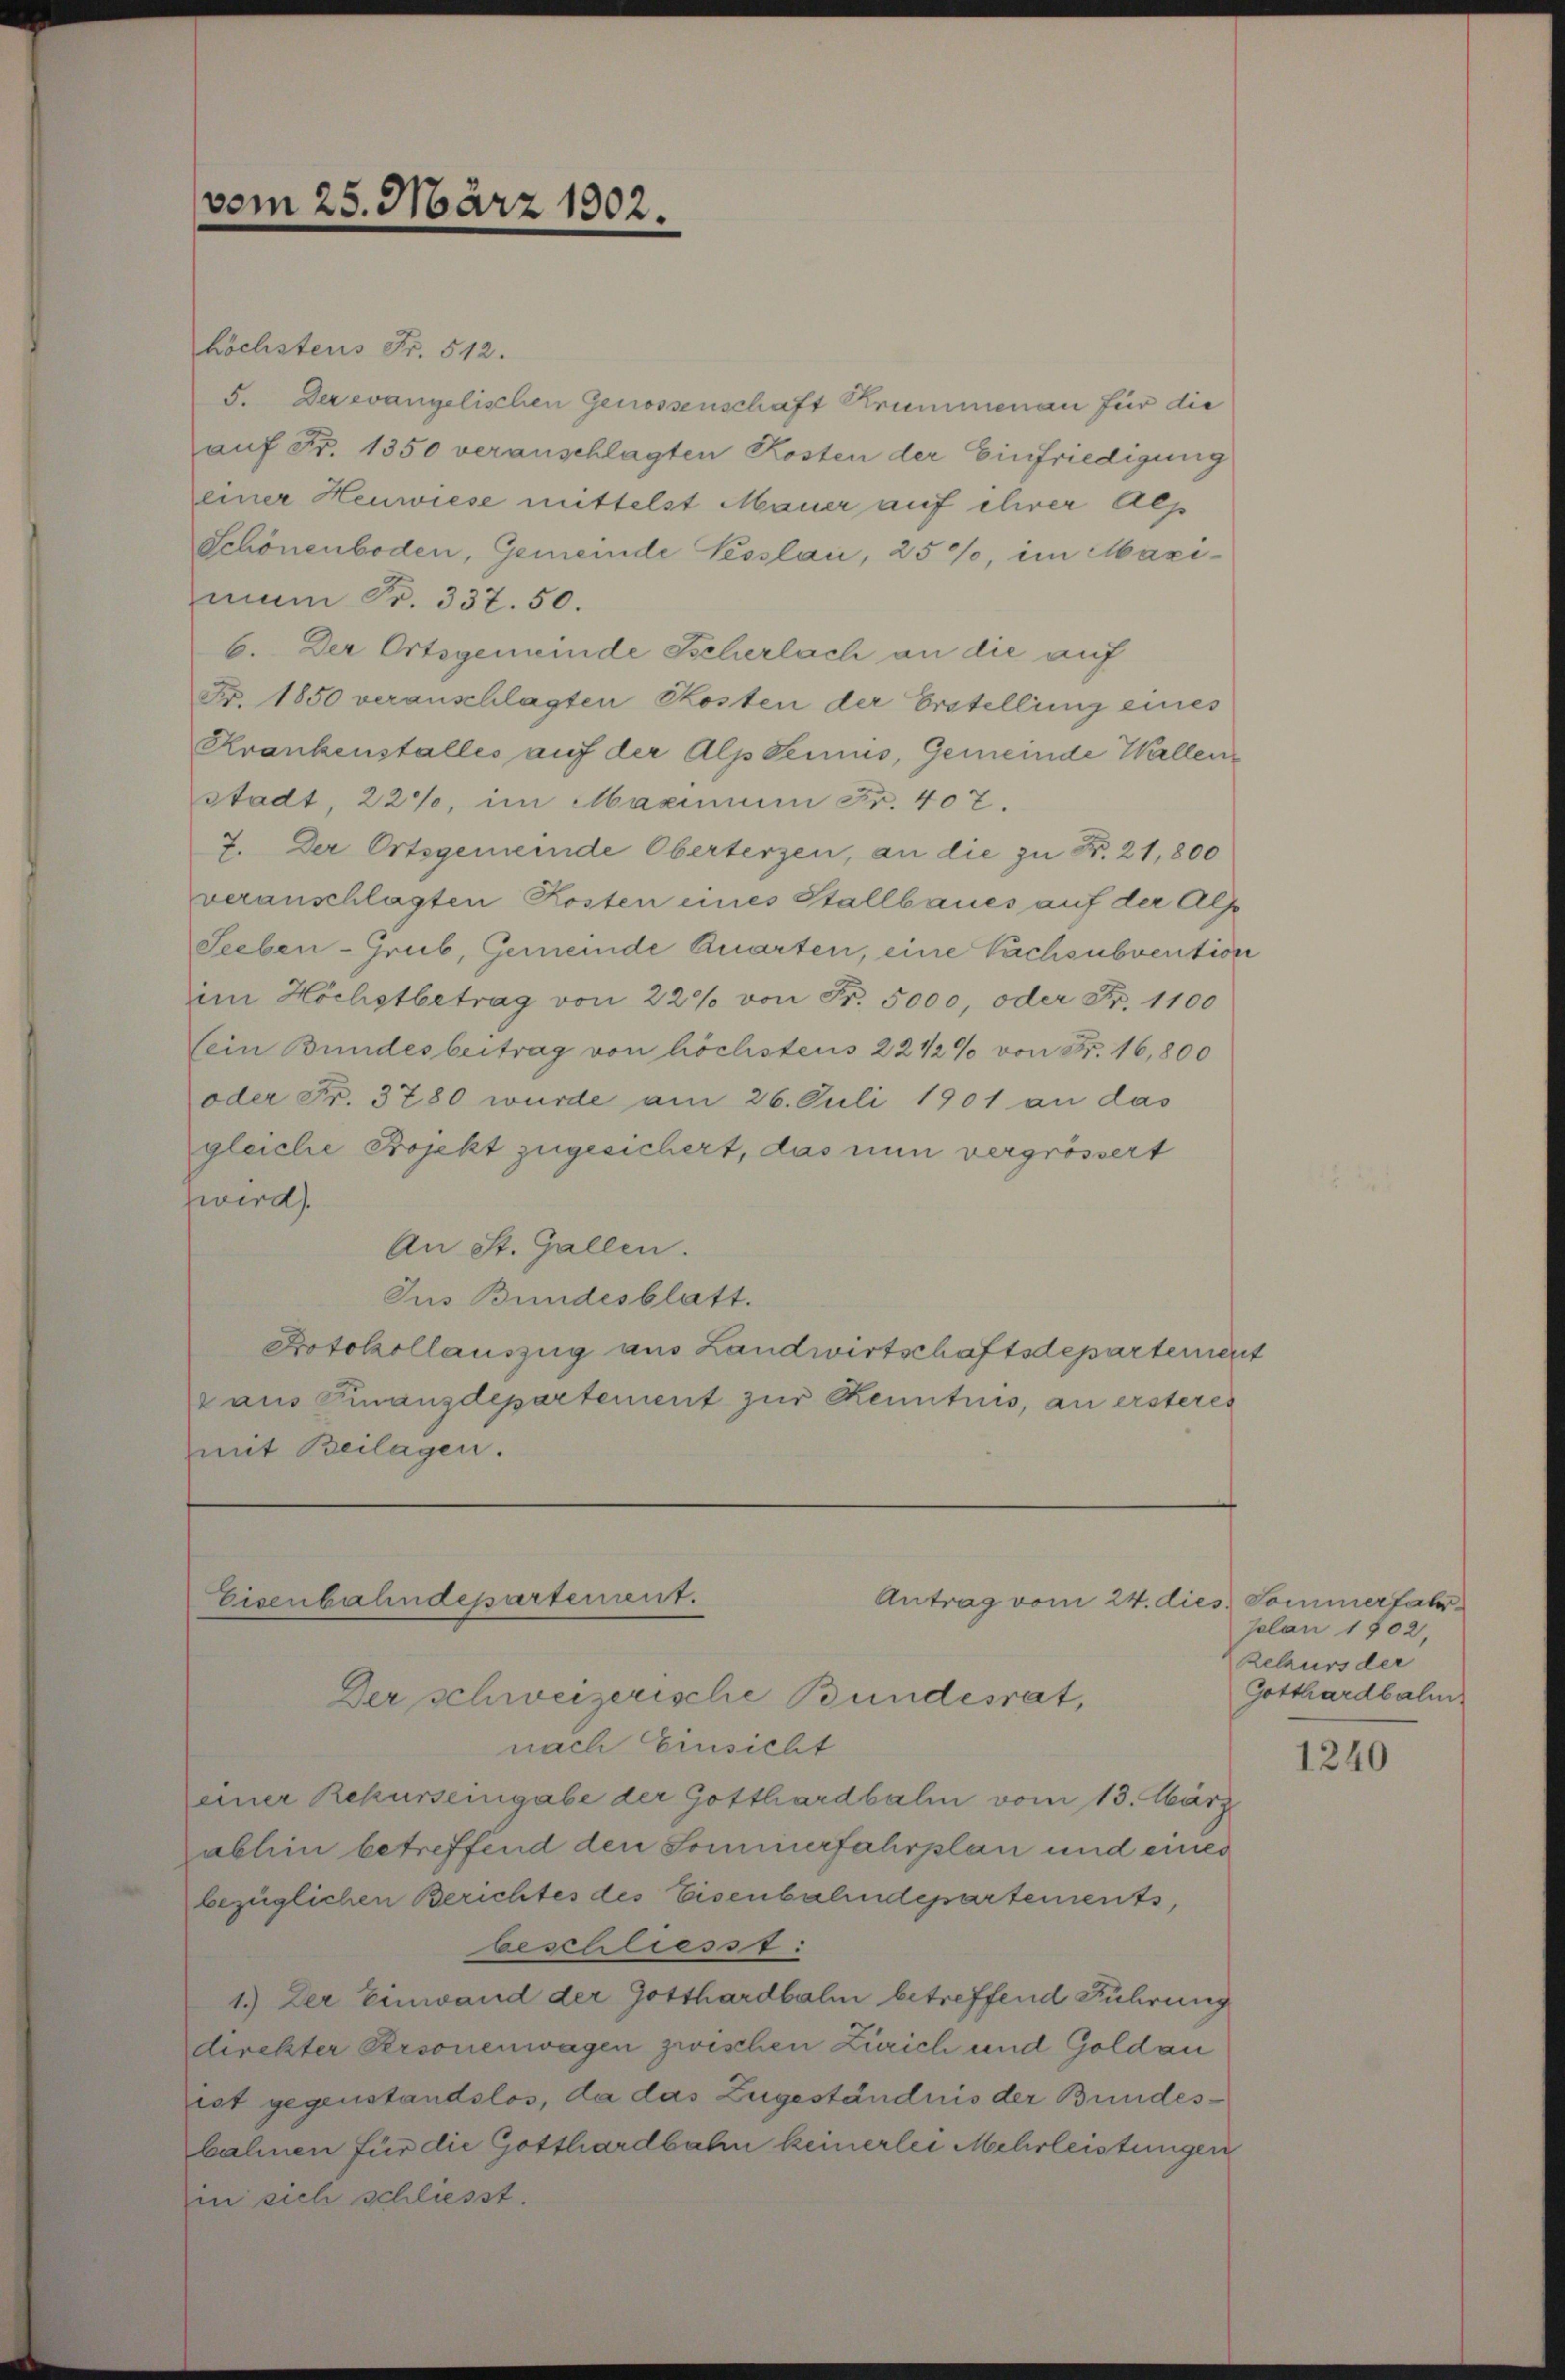
vom 25. März 1902.

höchstens Fr. 512.
5. Der evangelischen Genossenschaft Krummenau für die
auf Fr. 1350 veranschlagten Kosten der Einfriedigung
einer Heuwiese mittelst Mauer auf ihrer Alp
Schönenboden, Gemeinde Tesslau, 25%, im Maximan Fr. 337. 50.
6. Der Ortsgemeinde Tscherlach an die auf
Fr. 1850 veranschlagten Skosten der Erstellung eines
Krankenstalles auf der Alpdemnis, Gemeinde Wallen
stadt, 224, im Maximum Fr. 407.
7. Der Ortsgemeinde Oberterzen, an die zu Fr. 21,800
veranschlagten Kosten eines Stallbaues auf der Alpe
Seeben-Grub, Gemeinde Quarten, eine Nachsubvention
im Höchstbetrag von 220 von Fr. 5000, oder Fr. 1100
(ein Bundesbeitrag von höchstens 22 1/2% von Fr. 16,800
oder Fr. 3780 wurde am 26. Juli 1901 an das
gleiche Projekt zugesichert, das nun vergrössert
wird.
An St. Gallen.
Jus Bundesblatt.
Protokollauszug aus Landwirtschaftsdepartement
raus Finanzdepartement zur Kenntnis, an ersteres
mit Beilagen.

Eisenbahndepartement.
Antrag vom 24. dies Sommerfahr

Der schweizerische Bundesrat,
nach Einsicht
einer Rekurseingabe der Gotthardbahn vom 13. März
abhin betreffend den Sommerfahrplan und eines
bezüglichen Berichtes des Eisenbahndepartements,
beschliesst.
1.) Der Einwand der Gotthardbalm betreffend Führung
direkter Personenwagen zwischen Zürich und Goldau
ist gegenstandslos, da das Zugeständnis der Bundesbahnen für die Gotthardbahn keinerlei Mehrleistungen
in sich schliesst.

selon 1802,
Rekurs der
Gotthardbalm

1240